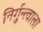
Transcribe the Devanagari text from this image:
निर्गुन्त्वाला